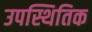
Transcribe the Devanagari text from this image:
उपस्थितिक